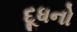
દૂધનો